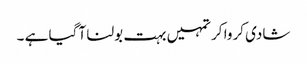
شادی کروا کر تمہیں بہت بولنا آ گیا ہے ۔